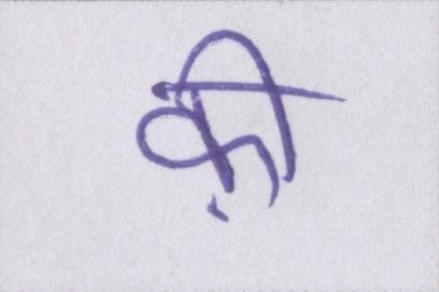
क़ी